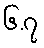
၆.၇